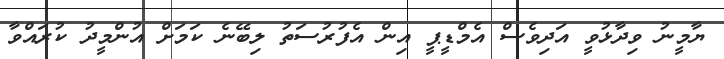
ޔާމީނު ވިދާޅުވީ އަދިވެސް އެމްޑީޕީ އިން އެފުރުސަތު ލިބޭނެ ކަމަށް އުންމީދު ކުރައްވާ